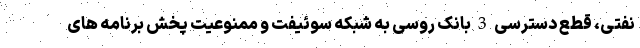
نفتی، قطع دسترسی 3 بانک روسی به شبکه سوئیفت و ممنوعیت پخش برنامه های